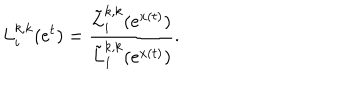
LaTeX: L _ { i } ^ { k , k } ( e ^ { t } ) = \frac { \tilde { L } _ { i } ^ { k , k } ( e ^ { x ( t ) } ) } { \tilde { L } _ { 1 } ^ { k , k } ( e ^ { x ( t ) } ) } .